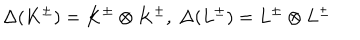
\Delta ( K ^ { \pm } ) = K ^ { \pm } \otimes K ^ { \pm } , \ \Delta ( L ^ { \pm } ) = L ^ { \pm } \otimes L ^ { \pm }